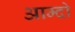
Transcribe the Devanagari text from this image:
आम्दो